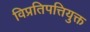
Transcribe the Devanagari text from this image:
विप्रतिपत्तियुक्त